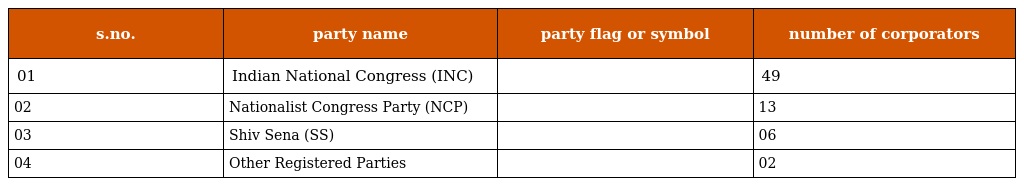
| s.no. | party name | party flag or symbol | number of corporators |
 | --- | --- | --- | --- |
 | 01 | Indian National Congress (INC) |  | 49 |
 | 02 | Nationalist Congress Party (NCP) |  | 13 |
 | 03 | Shiv Sena (SS) |  | 06 |
 | 04 | Other Registered Parties |  | 02 |